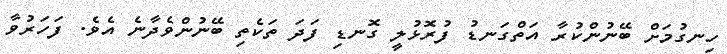
ހިނގުމަށް ބޭނުންކުރާ އަތްގަނޑު ފުރޮޅުލީ ގޮނޑި ފަދަ ތަކެތި ބޭނުންވެދާނެ އެވެ. ފަހަރުވާ